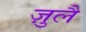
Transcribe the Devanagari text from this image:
ज़ुलै